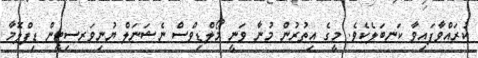
ކުރައްވާފައިވާ ކަނބަލެކެވެ. މީގެ އިތުރުން މުނާ ވަނީ މޯލްޑިވްސް ނެޝަނަލް ޔުނިވަރސިޓީން ޑިޕްލޮމާ